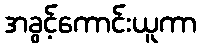
အခွင့်ကောင်းယူကာ